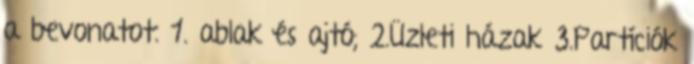
a bevonatot. 1. ablak és ajtó; 2.Üzleti házak 3.Partíciók